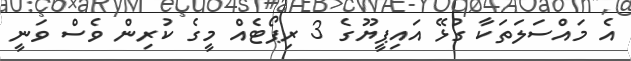
އެ މައްސަލަތަކާ ގުޅޭ އައިޕީޔޫގެ 3 ރިޕޯޓެއް މީގެ ކުރިން ވެސް ވަނީ